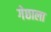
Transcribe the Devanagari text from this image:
गेछाला